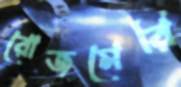
রোজমেরি